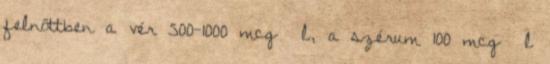
felnőttben a vér 500-1000 mcg l, a szérum 100 mcg l